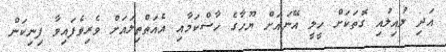
އަދި ލުއިލުއި ގޮތަކަށް ހީލީ އޭނައަށް ޔޫހާގެ ހާސްކަމާއި އެއަތްތިލައަށް ވެރިވެފައިވާ ފިނިކަން